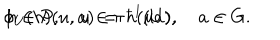
\phi _ { U } ( h ) ( u , a ) \, = \, h ( u a ) , \hspace { 1 , 0 c m } h \in { \cal P } , \quad u \in \pi ^ { - 1 } ( U ) , \quad a \in G .